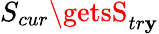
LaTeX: S_{cur}\getsS_{tr\mathbf{y}}